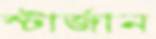
স্টার্জান